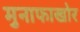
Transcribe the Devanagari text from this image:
मुनाफाखोर